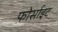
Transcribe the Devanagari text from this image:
फोर्साइट